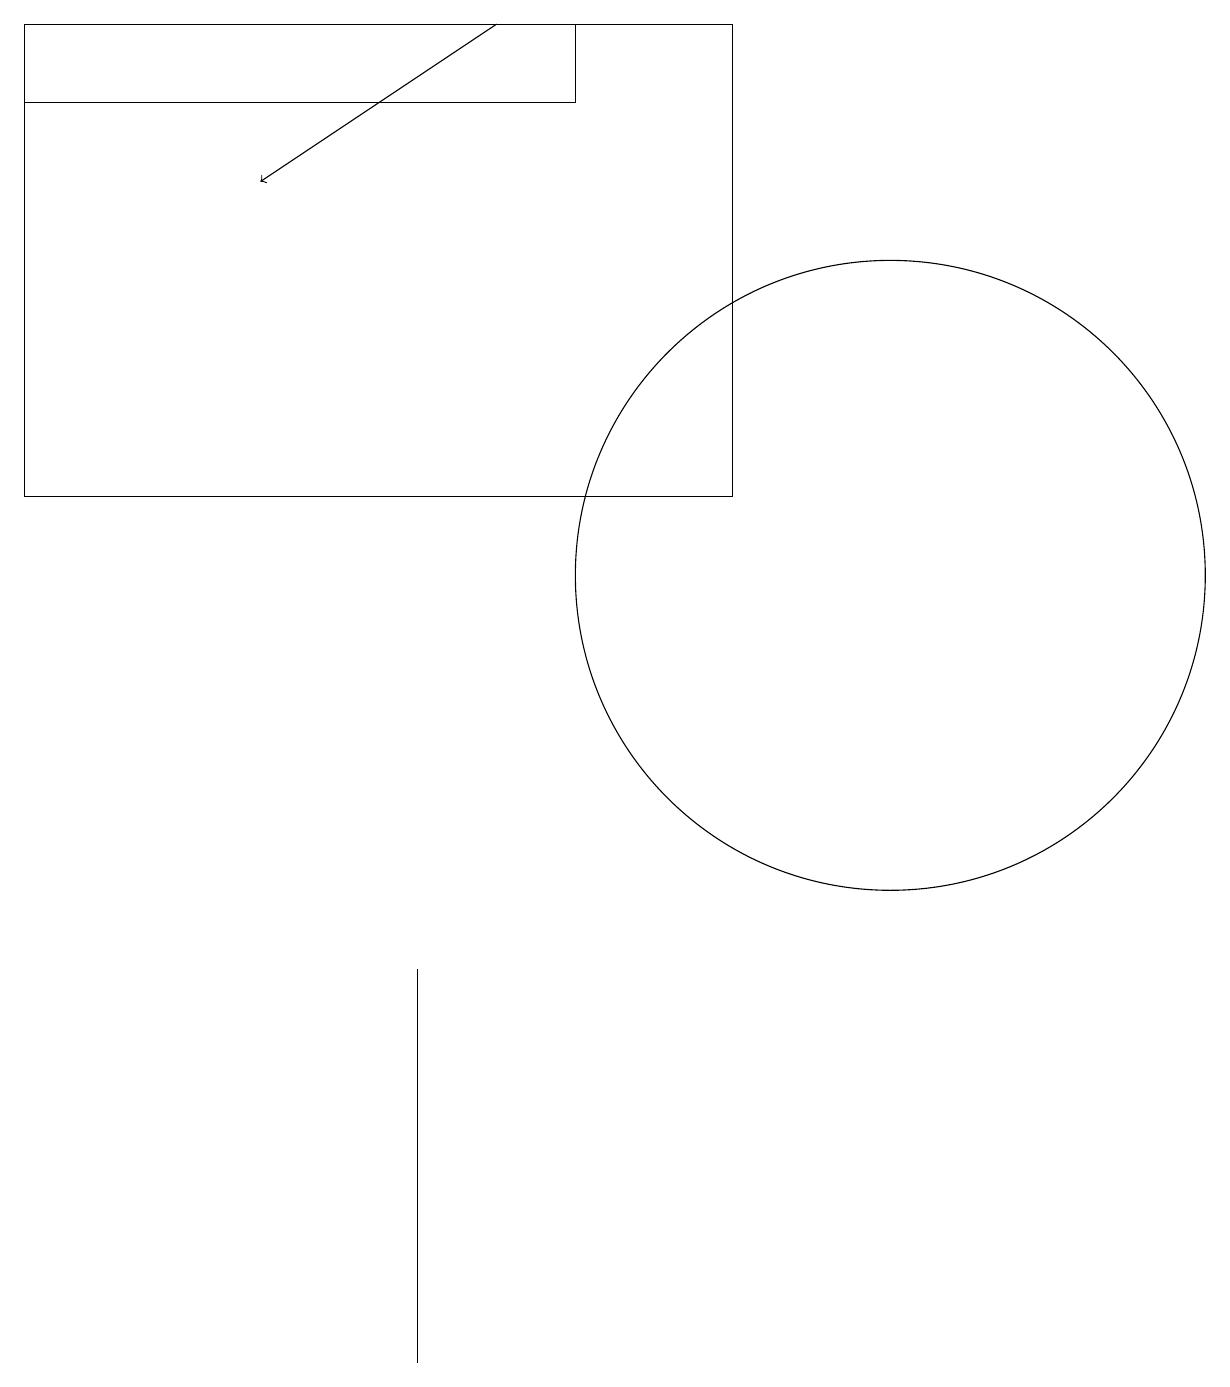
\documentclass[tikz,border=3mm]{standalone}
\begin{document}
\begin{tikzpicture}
\draw (3,14) rectangle (3,14);
\draw[->] (6,18) -- (3,16);
\draw (0,18) rectangle (9,12);
\draw (11,11) circle (4);
\draw (0,18) rectangle (7,17);
\draw (5,1) -- (5,6) -- (5,2) -- cycle;
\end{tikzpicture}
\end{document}